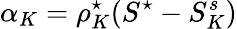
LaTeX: \alpha_{K}=\rho_{K}^{\star}(S^{\star}-S_{K}^{s})